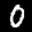
Label: 0